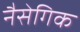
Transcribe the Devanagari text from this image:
नैसेगिक